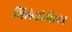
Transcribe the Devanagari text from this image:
मिलेनोगैस्टर